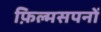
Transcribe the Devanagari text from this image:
फ़िल्मसपनों